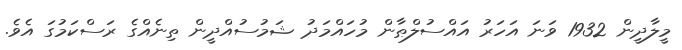
މީލާދީން 1932 ވަނަ އަހަރު އައްސުލްޠާން މުހައްމަދު ޝަމުސުއްދީން ތިނެއްގެ ރަސްކަމުގަ އެވެ.